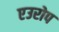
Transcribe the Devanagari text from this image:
एउरोप